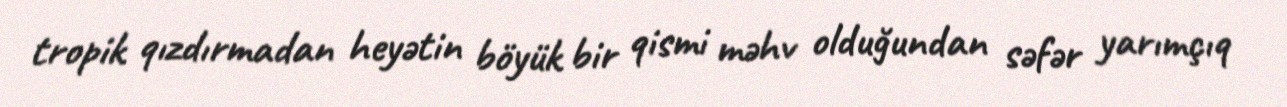
tropik qızdırmadan heyətin böyük bir qismi məhv olduğundan səfər yarımçıq